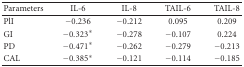
<table><thead><tr><td><b>Parameters</b></td><td><b> IL-6</b></td><td><b> IL-8</b></td><td><b> TAIL-6</b></td><td><b> TAIL-8</b></td></tr></thead><tbody><tr><td>PlI</td><td>−0.236</td><td>−0.212</td><td>0.095</td><td> 0.209</td></tr><tr><td>GI</td><td>−0.323*</td><td>−0.278</td><td>−0.107</td><td> 0.224</td></tr><tr><td>PD</td><td>−0.471*</td><td>−0.262</td><td>−0.279</td><td>−0.213</td></tr><tr><td>CAL</td><td>−0.385*</td><td>−0.121</td><td>−0.114</td><td>−0.185</td></tr></tbody></table>